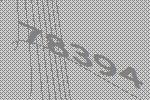
78394